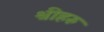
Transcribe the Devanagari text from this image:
श्रीहरु